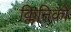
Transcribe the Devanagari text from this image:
क्लिनिको